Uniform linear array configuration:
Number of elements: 64
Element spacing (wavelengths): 0.75
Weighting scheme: uniform
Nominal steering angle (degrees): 0
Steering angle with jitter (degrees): -1.604
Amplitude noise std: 0.05
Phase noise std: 0.05

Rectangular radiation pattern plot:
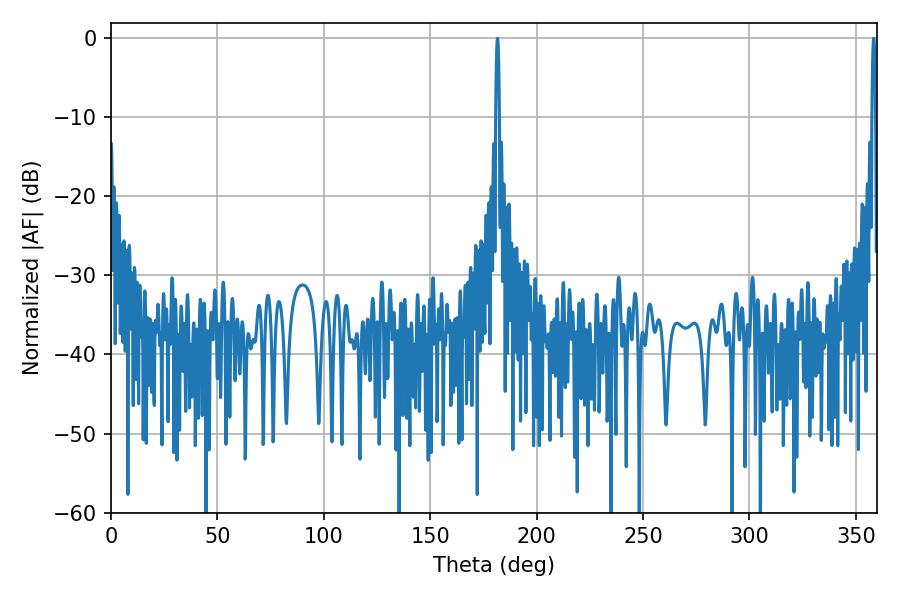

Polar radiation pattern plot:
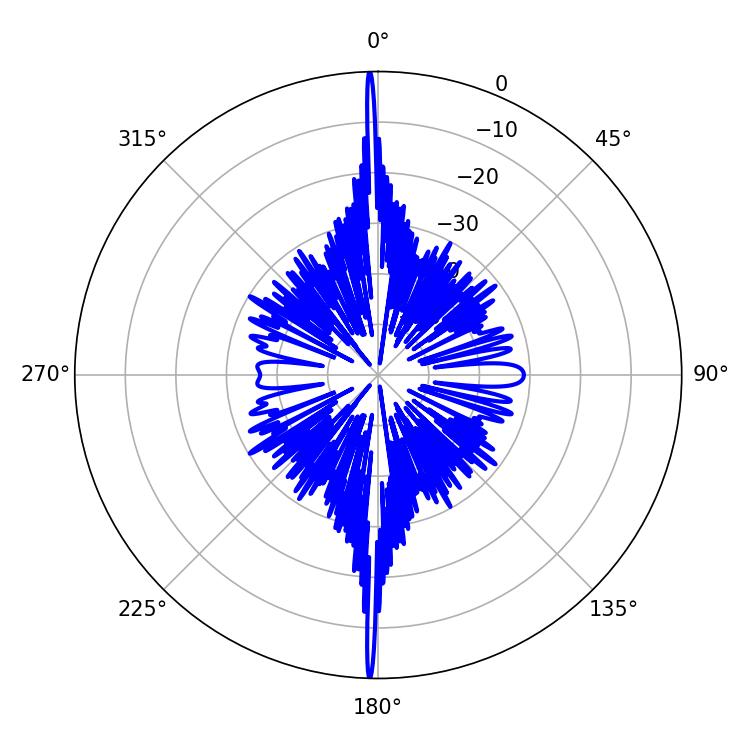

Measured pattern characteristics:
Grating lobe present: TRUE
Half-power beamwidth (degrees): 0.72
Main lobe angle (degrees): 181.62